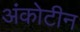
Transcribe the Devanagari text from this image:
अंकोटीन